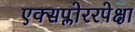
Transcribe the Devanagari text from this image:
एक्सप्लोररपेक्षा